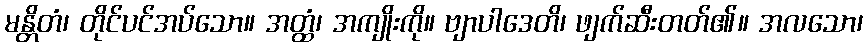
မန္တိတံ၊ တိုင်ပင်အပ်သော။ အတ္ထံ၊ အကျိုးကို။ ဗျာပါဒေတိ၊ ဖျက်ဆီးတတ်၏။ အလသော၊